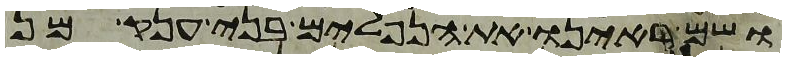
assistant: ושם ראינו את הנפלים בני ענק מן